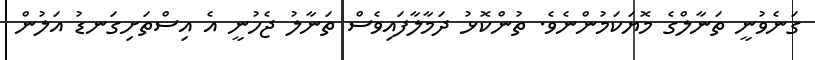
ގަނެވުނީ ތަނާލްގެ މޮޔަކަމުންނެވެ. ތުންކޮޅު ދަމާލާފައިވެސް ތަނާލު ޖެހުނީ އެ އިސްތަށިގަނޑު އަލުން